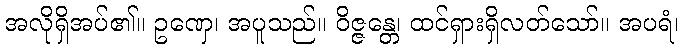
အလိုရှိအပ်၏။ ဥဏှေ၊ အပူသည်။ ဝိဇ္ဇန္တေ၊ ထင်ရှားရှိလတ်သော်။ အပရံ၊